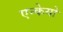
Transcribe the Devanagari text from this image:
एन्केयो